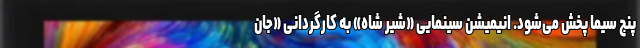
پنج سیما پخش می‌شود. انیمیشن سینمایی «شیر شاه» به کارگردانی «جان